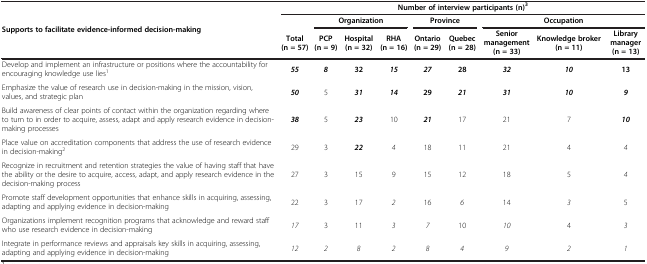
<table><thead><tr><td rowspan="3"><b>Supports to facilitate evidence-informed decision-making</b></td><td colspan="9"><b>Number of interview participants (n)<sup>3</sup></b></td></tr><tr><td><b> </b></td><td colspan="3"><b>Organization</b></td><td colspan="2"><b>Province</b></td><td colspan="3"><b>Occupation</b></td></tr><tr><td><b>Total (n = 57)</b></td><td><b>PCP (n = 9)</b></td><td><b>Hospital (n = 32)</b></td><td><b>RHA (n = 16)</b></td><td><b>Ontario (n = 29)</b></td><td><b>Quebec (n = 28)</b></td><td><b>Senior management (n = 33)</b></td><td><b>Knowledge broker (n = 11)</b></td><td><b>Library manager (n = 13)</b></td></tr></thead><tbody><tr><td>Develop and implement an infrastructure or positions where the accountability for encouraging knowledge use lies<sup>1</sup></td><td><b><i>55</i></b></td><td><b><i>8</i></b></td><td><b>32</b></td><td><b><i>15</i></b></td><td><b><i>27</i></b></td><td><b>28</b></td><td><b><i>32</i></b></td><td><b><i>10</i></b></td><td><b>13</b></td></tr><tr><td>Emphasize the value of research use in decision-making in the mission, vision, values, and strategic plan</td><td><b><i>50</i></b></td><td>5</td><td><b><i>31</i></b></td><td><b><i>14</i></b></td><td><b>29</b></td><td><b><i>21</i></b></td><td><b><i>31</i></b></td><td><b><i>10</i></b></td><td><b><i>9</i></b></td></tr><tr><td>Build awareness of clear points of contact within the organization regarding where to turn to in order to acquire, assess, adapt and apply research evidence in decision-making processes</td><td><b><i>38</i></b></td><td>5</td><td><b><i>23</i></b></td><td>10</td><td><b><i>21</i></b></td><td>17</td><td>21</td><td>7</td><td><b><i>10</i></b></td></tr><tr><td>Place value on accreditation components that address the use of research evidence in decision-making<sup>2</sup></td><td>29</td><td>3</td><td><b><i>22</i></b></td><td><i>4</i></td><td>18</td><td>11</td><td>21</td><td>4</td><td><i>4</i></td></tr><tr><td>Recognize in recruitment and retention strategies the value of having staff that have the ability or the desire to acquire, access, adapt, and apply research evidence in the decision-making process</td><td>27</td><td>3</td><td>15</td><td>9</td><td>15</td><td>12</td><td>18</td><td>5</td><td><i>4</i></td></tr><tr><td>Promote staff development opportunities that enhance skills in acquiring, assessing, adapting and applying evidence in decision-making</td><td>22</td><td>3</td><td>17</td><td><i>2</i></td><td>16</td><td><i>6</i></td><td>14</td><td><i>3</i></td><td>5</td></tr><tr><td>Organizations implement recognition programs that acknowledge and reward staff who use research evidence in decision-making</td><td><i>17</i></td><td>3</td><td>11</td><td><i>3</i></td><td><i>7</i></td><td>10</td><td><i>10</i></td><td>4</td><td><i>3</i></td></tr><tr><td>Integrate in performance reviews and appraisals key skills in acquiring, assessing, adapting and applying evidence in decision-making</td><td><i>12</i></td><td><i>2</i></td><td><i>8</i></td><td><i>2</i></td><td><i>8</i></td><td><i>4</i></td><td><i>9</i></td><td><i>2</i></td><td><i>1</i></td></tr></tbody></table>